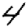
Digit: 4